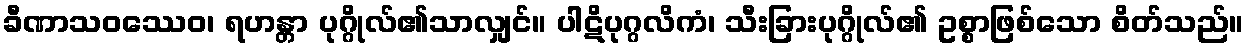
ခီဏာသဝဿေဝ၊ ရဟန္တာ ပုဂ္ဂိုလ်၏သာလျှင်။ ပါဋိပုဂ္ဂလိကံ၊ သီးခြားပုဂ္ဂိုလ်၏ ဥစ္စာဖြစ်သော စိတ်သည်။